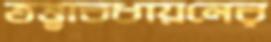
তত্ত্বাবধায়নের